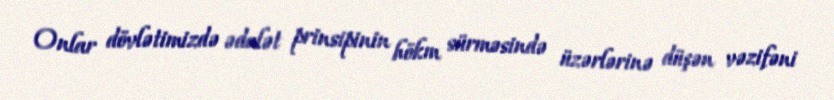
Onlar dövlətimizdə ədalət prinsipinin hökm sürməsində üzərlərinə düşən vəzifəni